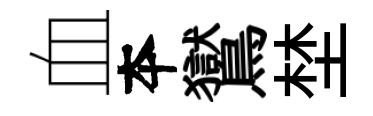
血夲鸑埜